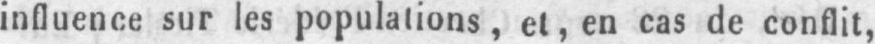
influence sur les populations, et, en cas de conflit,